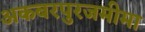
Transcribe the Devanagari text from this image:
अकबरपुरजमीमा